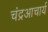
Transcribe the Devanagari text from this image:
चंद्रआचार्य